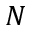
N